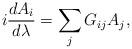
LaTeX: \begin{align*}i{dA_i\over d\lambda} =\sum_j G_{ij}A_j,\end{align*}